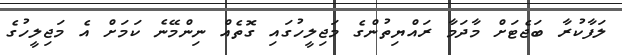
ލަފާކުރާ ބަޖެޓަށް މާދަމާ ރައްޔިތުންގެ މަޖިލީހުގައި ގޮތެއް ނިންމޭނެ ކަމަށް އެ މަޖިލީހުގެ